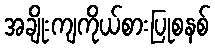
အချိုးကျကိုယ်စားပြုစနစ်